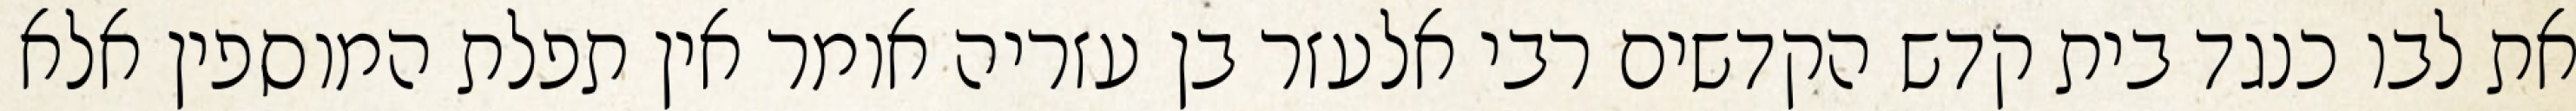
את לבו כנגד בית קדש הקדשים רבי אלעזר בן עזריה אומר אין תפלת המוספין אלא